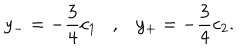
LaTeX: y _ { - } = - \frac { 3 } { 4 } c _ { 1 } , y _ { + } = - \frac { 3 } { 4 } c _ { 2 } .